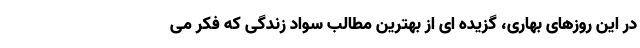
در این روزهای بهاری، گزیده ای از بهترین مطالب سواد زندگی که فکر می